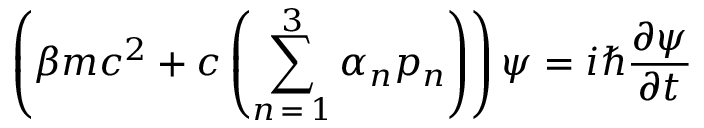
\left( \beta m c ^ { 2 } + c \left( \sum _ { n \mathop { = } 1 } ^ { 3 } \alpha _ { n } p _ { n } \right) \right) \psi = i \hbar { \frac { \partial \psi } { \partial t } }